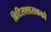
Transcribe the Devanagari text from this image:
ब्रिटिसशासकको